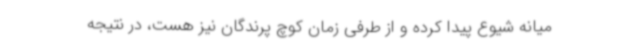
میانه شیوع پیدا کرده و از طرفی زمان کوچ پرندگان نیز هست، در نتیجه